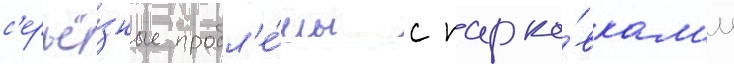
с'ерьё́зные пробл'е́мы с парко́вкам'и